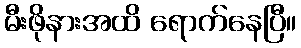
မီးဖိုနားအထိ ရောက်နေပြီ။